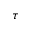
\tau